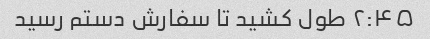
۲:۴۵ طول کشید تا سفارش دستم رسید